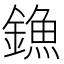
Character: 𨫷